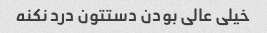
خیلی عالی بودن دستتون درد نکنه